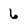
Character: 6